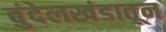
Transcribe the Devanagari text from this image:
बुंदेलखंडातून